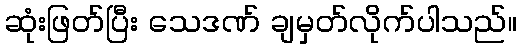
ဆုံးဖြတ်ပြီး သေဒဏ် ချမှတ်လိုက်ပါသည်။